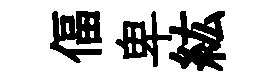
偪卑紘